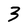
Character: 3